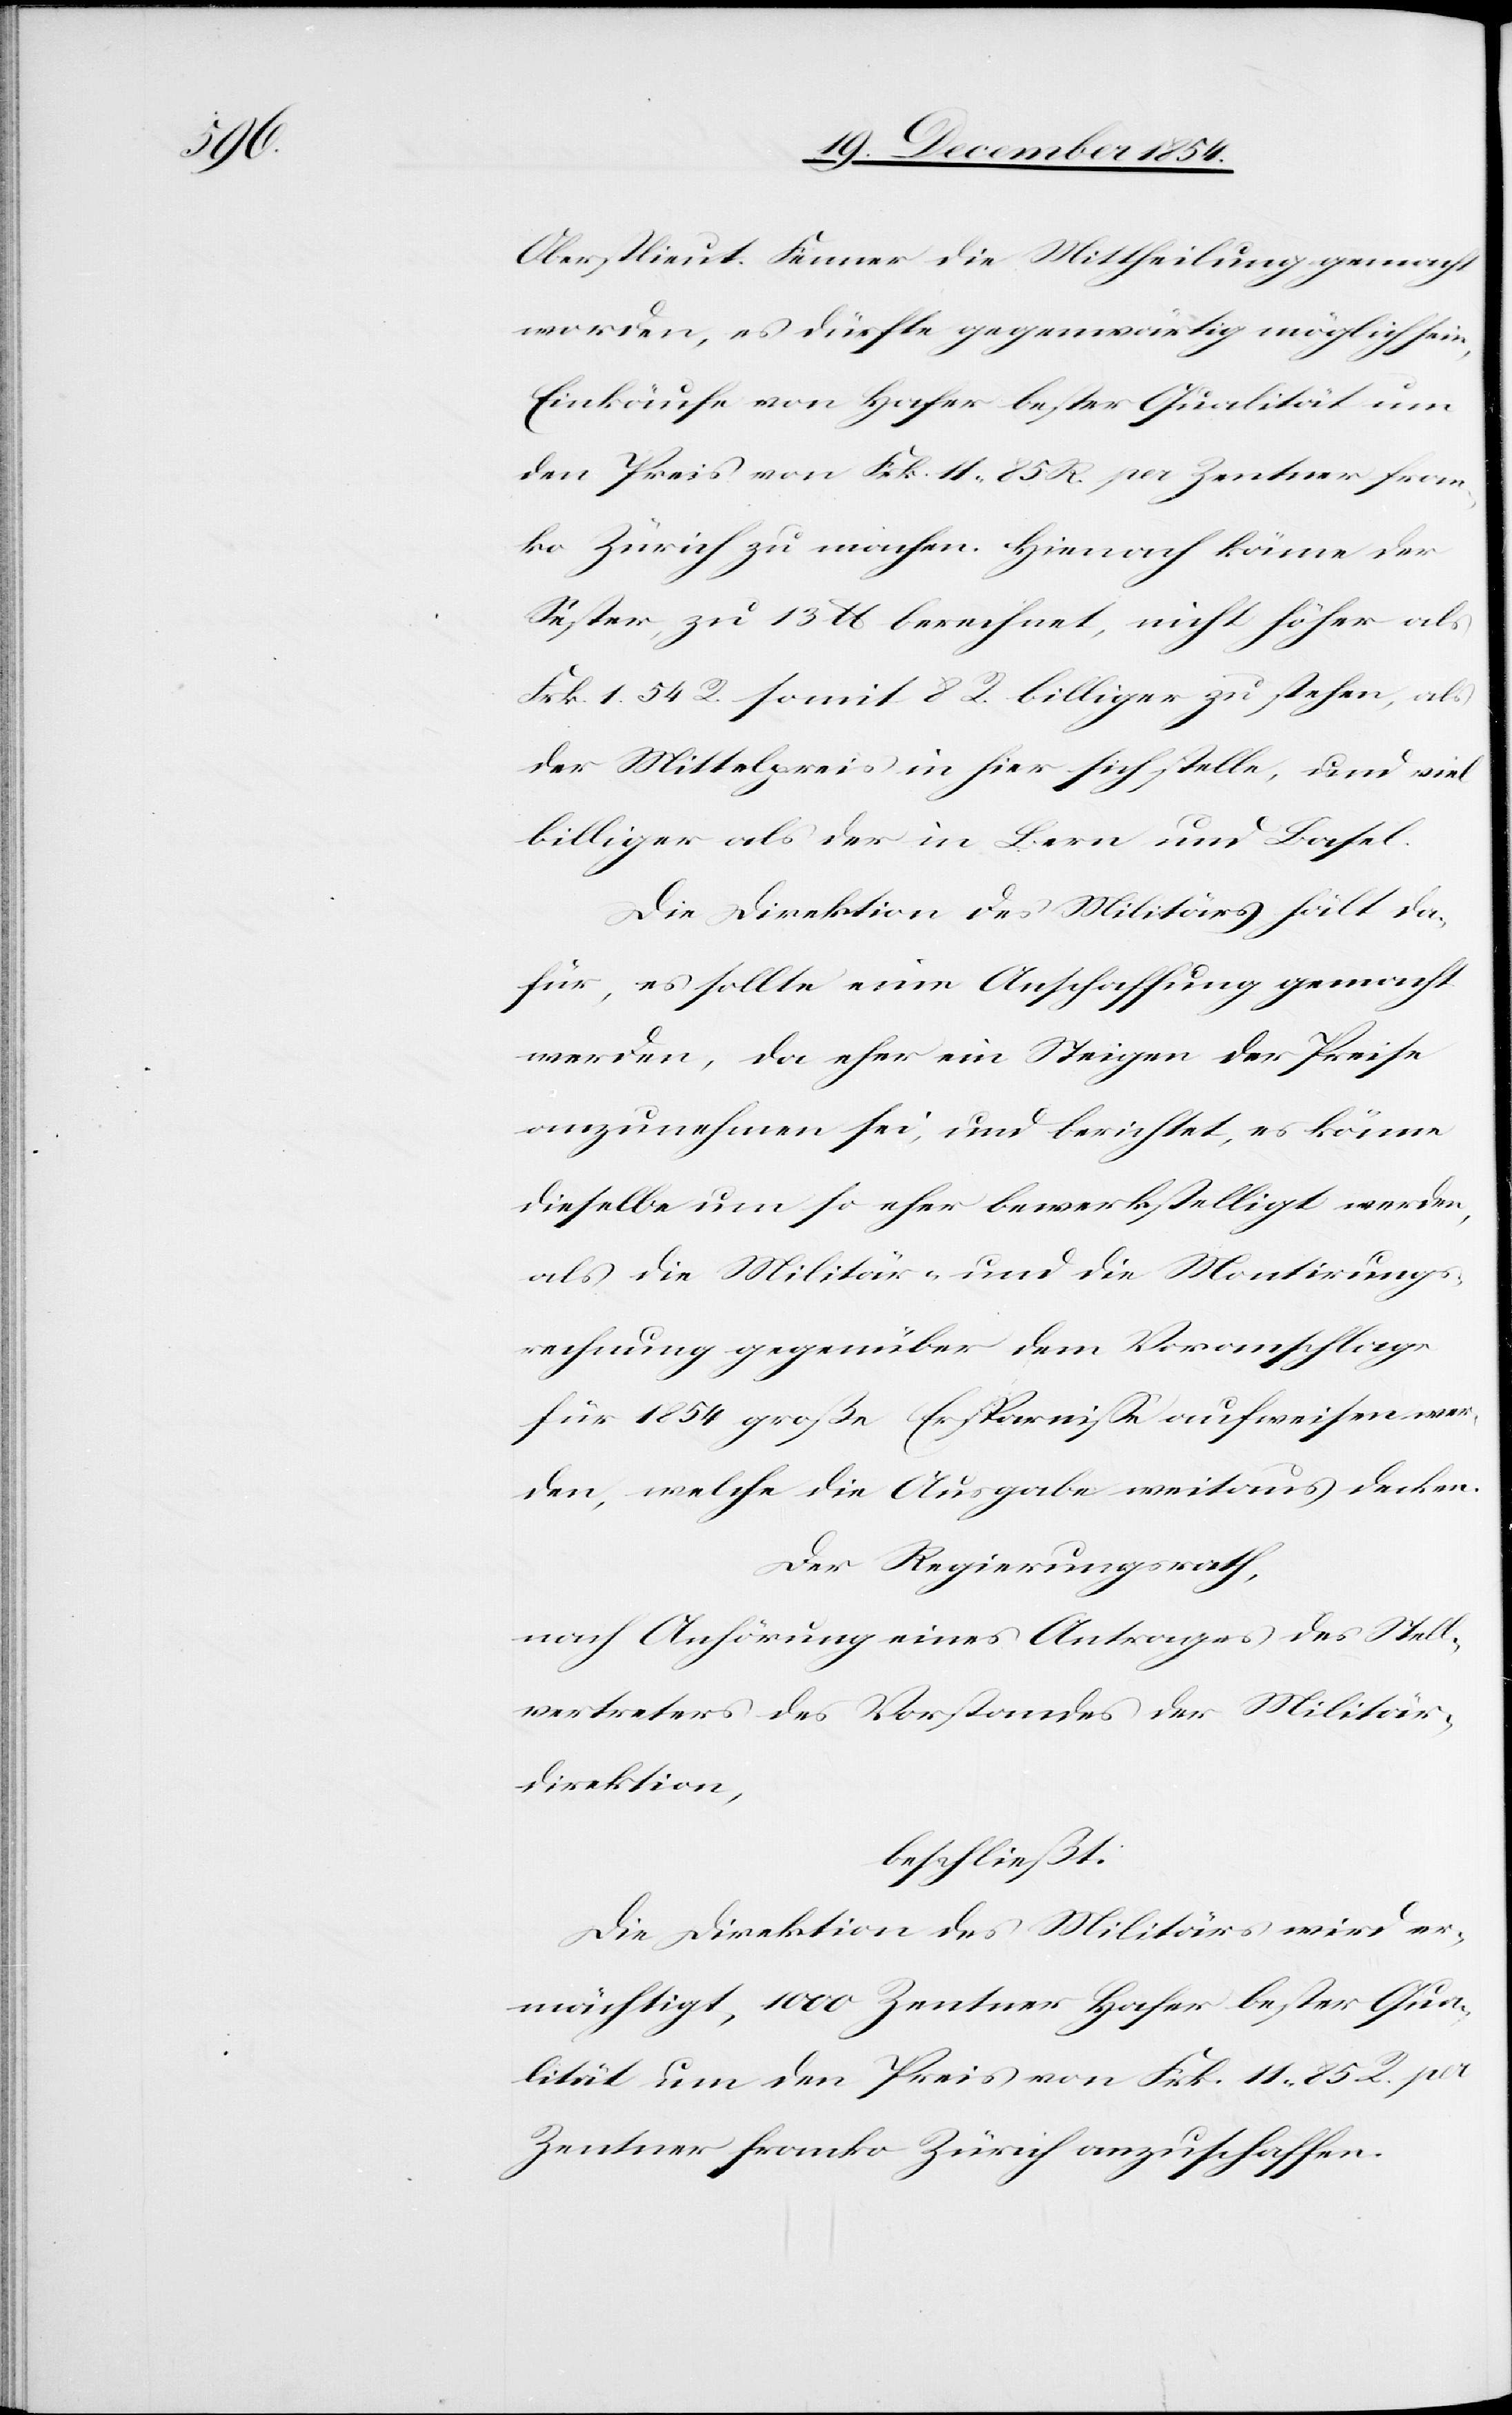
Oberstlieut. Fenner die Mittheilung gemacht
worden, es dürfte gegenwärtig möglich sein,
Einkäufe von Hafer bester Qualität um
den Preis von Frk. 11. 85 Rp. per Zentner fran¬
ko Zürich zu machen. Hienach käme der
Sester zu 13 lb berechnet, nicht höher als
Frk. 1. 54 R. somit 8 R. billiger zu stehen, als
der Mittelpreis in hier sich stelle, und viel
billiger als der in Bern und Basel.
Die Direktion des Militärs hält da¬
für, es sollte eine Anschaffung gemacht
werden, da eher ein Steigen der Preise
anzunehmen sei, und berichtet, es könne
dieselbe um so eher bewerkstelligt werden,
als die Militär- und die Montirungs¬
rechnung gegenüber dem Voranschlage
für 1854 große Ersparniße aufweisen wer¬
den, welche die Ausgabe weitaus decken.
Der Regierungsrath,
nach Anhörung eines Antrages des Stell¬
vertreters des Vorstandes der Militär¬
direktion,
beschließt:
Die Direktion des Militärs wird er¬
mächtigt, 1000 Zentner Hafer bester Qua¬
lität um den Preis von Frk. 11. 85 R. per
Zentner franko Zürich anzuschaffen.